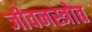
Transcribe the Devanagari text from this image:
जीवनस्त्रोत